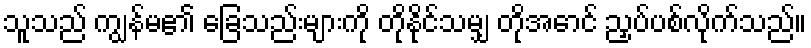
သူသည် ကျွန်မ၏ ခြေသည်းများကို တိုနိုင်သမျှ တိုအောင် ညှပ်ပစ်လိုက်သည်။